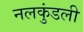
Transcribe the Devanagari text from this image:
नलकुंडली